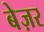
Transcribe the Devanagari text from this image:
बेज़र